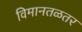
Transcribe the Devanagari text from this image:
विमानतळतर